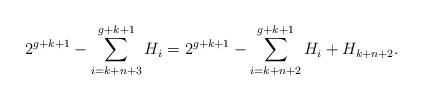
LaTeX: \begin{align*} 2^{g+k+1} - \sum_{i=k+n+3}^{g+k+1}H_i = 2^{g+k+1} - \sum_{i=k+n+2}^{g+k+1}H_i + H_{k+n+2}.\end{align*}